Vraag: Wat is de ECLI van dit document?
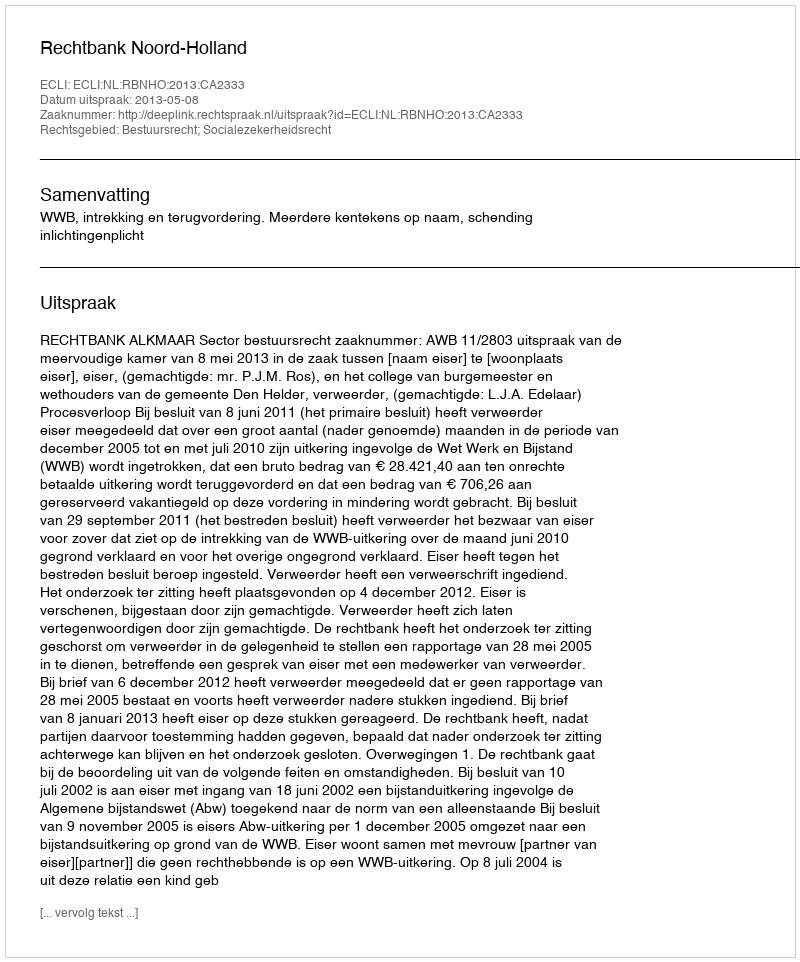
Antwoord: ECLI:NL:RBNHO:2013:CA2333